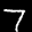
Label: 7